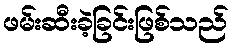
ဖမ်းဆီးခဲ့ခြင်းဖြစ်သည်